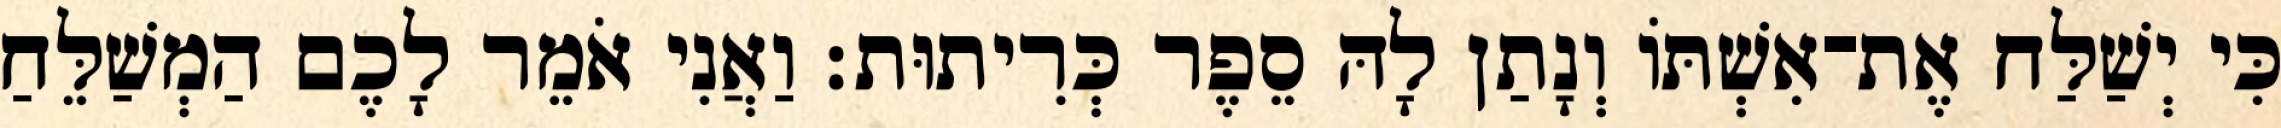
כִּי יְשַׁלַּח אֶת־אִשְׁתּוֹ וְנָתַן לָהּ סֵפֶר כְּרִיתוּת׃ וַאֲנִי אֹמֵר לָכֶם הַמְשַׁלֵּחַ